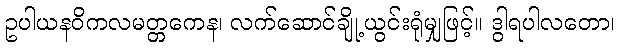
ဥပါယနဝိကလမတ္တကေန၊ လက်ဆောင်ချို့ယွင်းရုံမျှဖြင့်။ ဒွါရပါလတော၊